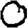
Digit: 0